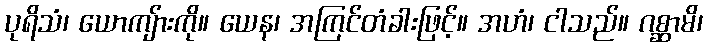
ပုရိသံ၊ ယောကျ်ားကို။ ယေန၊ အကြင်တံခါးဖြင့်။ အဟံ၊ ငါသည်။ ဂစ္ဆာမိ၊